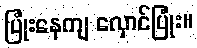
ပြုံးနေကျ လှောင်ပြုံး။